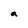
Character: a